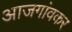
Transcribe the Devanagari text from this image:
आजगांवकर